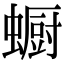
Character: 蟵